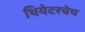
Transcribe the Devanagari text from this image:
थियेटरचेच